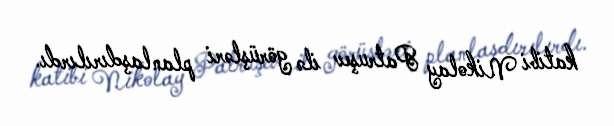
katibi Nikolay Patruşev ilə görüşləri planlaşdırılırdı.